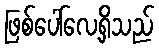
ဖြစ်ပေါ်လေ့ရှိသည်